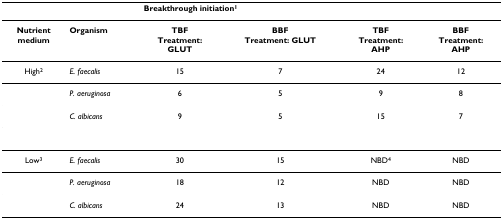
<table><thead><tr><td></td><td></td><td colspan="4"><b>Breakthrough initiation<sup>1</sup></b></td></tr></thead><tbody><tr><td><b>Nutrient</b><b>medium</b></td><td><b>Organism</b></td><td><b>TBF</b><b>Treatment:</b><b>GLUT</b></td><td><b>BBF</b><b>Treatment: GLUT</b></td><td><b>TBF</b><b>Treatment:</b><b>AHP</b></td><td><b>BBF</b><b>Treatment:</b><b>AHP</b></td></tr><tr><td>High<sup>2</sup></td><td><i>E. faecalis</i></td><td>15</td><td>7</td><td>24</td><td>12</td></tr><tr><td></td><td><i>P. aeruginosa</i></td><td>6</td><td>5</td><td>9</td><td>8</td></tr><tr><td></td><td><i>C. albicans</i></td><td>9</td><td>5</td><td>15</td><td>7</td></tr><tr><td>Low<sup>3</sup></td><td><i>E. faecalis</i></td><td>30</td><td>15</td><td>NBD<sup>4</sup></td><td>NBD</td></tr><tr><td></td><td><i>P. aeruginosa</i></td><td>18</td><td>12</td><td>NBD</td><td>NBD</td></tr><tr><td></td><td><i>C. albicans</i></td><td>24</td><td>13</td><td>NBD</td><td>NBD</td></tr></tbody></table>